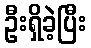
ဦးရှိခဲ့ပြီး